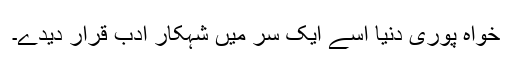
خواہ پوری دنیا اسے ایک سر میں شہکار ادب قرار دیدے۔